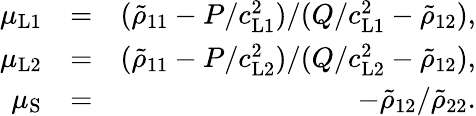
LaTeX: \begin{array}{rlr}{\mu_{\mathrm{L1}}}&{=}&{(\tilde{\rho}_{11}-P/c_{\mathrm{L1}}^{2})/(Q/c_{\mathrm{L1}}^{2}-\tilde{\rho}_{12}),}\\ {\mu_{\mathrm{L2}}}&{=}&{(\tilde{\rho}_{11}-P/c_{\mathrm{L2}}^{2})/(Q/c_{\mathrm{L2}}^{2}-\tilde{\rho}_{12}),}\\ {\mu_{\mathrm{S}}}&{=}&{-\tilde{\rho}_{12}/\tilde{\rho}_{22}.}\end{array}